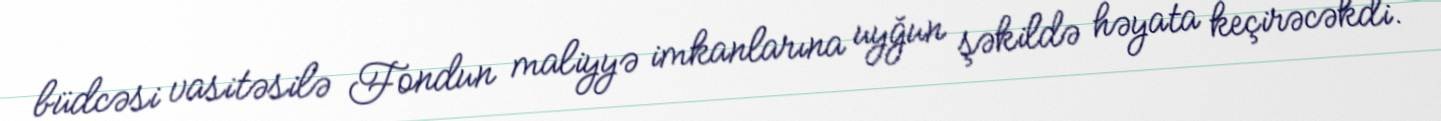
büdcəsi vasitəsilə Fondun maliyyə imkanlarına uyğun şəkildə həyata keçirəcəkdi.